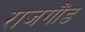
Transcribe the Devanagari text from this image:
राजगौंड